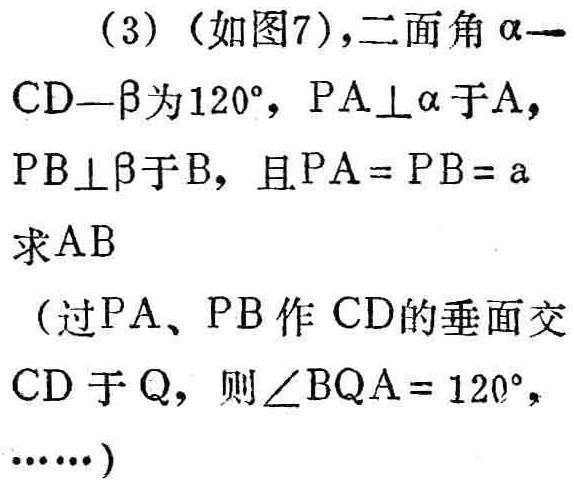
(3)（如图7），二面角\(\alpha -CD-\beta\)为\(120^{\circ}\)，\(PA\perp\alpha\)于\(A\)，\(PB\perp\beta\)于\(B\)，且\(PA = PB = a\)求\(AB\)

（过\(PA\)、\(PB\)作 \(CD\)的垂面交\(CD\)于\(Q\)，则\(\angle BQA = 120^{\circ}\)，……）